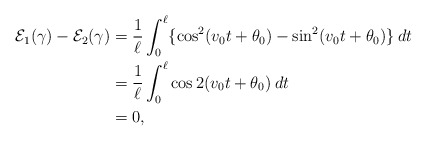
\begin{align*} \mathcal{E}_1(\gamma) - \mathcal{E}_2(\gamma) & = \frac{1}{\ell} \int_0^\ell \{ \cos^2(v_0 t + \theta_0) - \sin^2(v_0 t + \theta_0) \} \: dt \\ & = \frac{1}{\ell} \int_0^\ell \cos 2(v_0 t+\theta_0) \: dt \\ & = 0, \end{align*}